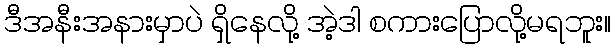
ဒီအနီးအနားမှာပဲ ရှိနေလို့ အဲ့ဒါ စကားပြောလို့မရဘူး။